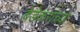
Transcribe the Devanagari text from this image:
बेडेकरांच्या